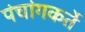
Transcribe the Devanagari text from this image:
पंचांगकर्ते